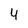
Character: 4